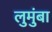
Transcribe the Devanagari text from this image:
लुमुंबा